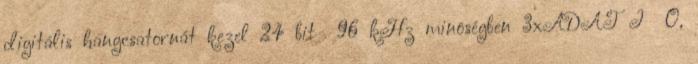
digitális hangcsatornát kezel 24 bit 96 kHz minôségben 3xADAT I O,